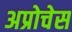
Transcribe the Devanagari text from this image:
अप्रोचेस